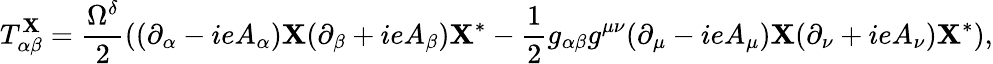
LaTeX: T_{\alpha\beta}^{\mathbf{X}}=\frac{{\Omega^{\delta}}}{{2}}((\partial_{\alpha}-ieA_{\alpha})\mathbf{X}(\partial_{\beta}+ieA_{\beta})\mathbf{X}^{*}-\frac{{1}}{{2}}g_{\alpha\beta}g^{\mu\nu}(\partial_{\mu}-ieA_{\mu})\mathbf{X}(\partial_{\nu}+ieA_{\nu})\mathbf{X}^{*}),